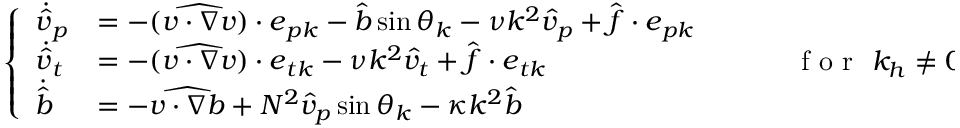
\begin{array} { r } { \left\{ \begin{array} { l l } { \dot { \hat { v } } _ { p } } & { = - ( \widehat { \boldsymbol { v } \cdot \boldsymbol { \nabla } \boldsymbol { v } } ) \cdot \boldsymbol { e } _ { p \boldsymbol { k } } - \hat { b } \sin \theta _ { \boldsymbol { k } } - \nu k ^ { 2 } \hat { v } _ { p } + \hat { \boldsymbol { f } } \cdot \boldsymbol { e } _ { p \boldsymbol { k } } } \\ { \dot { \hat { v } } _ { t } } & { = - ( \widehat { \boldsymbol { v } \cdot \boldsymbol { \nabla } \boldsymbol { v } } ) \cdot \boldsymbol { e } _ { t \boldsymbol { k } } - \nu k ^ { 2 } \hat { v } _ { t } + \hat { \boldsymbol { f } } \cdot \boldsymbol { e } _ { t \boldsymbol { k } } } \\ { \dot { \hat { b } } } & { = - \widehat { \boldsymbol { v } \cdot \boldsymbol { \nabla } b } + N ^ { 2 } \hat { v } _ { p } \sin \theta _ { \boldsymbol { k } } - \kappa k ^ { 2 } \hat { b } } \end{array} \right. ~ ~ ~ ~ ~ ~ ~ ~ \mathrm { ~ f ~ o ~ r ~ } ~ k _ { h } \neq 0 } \end{array}